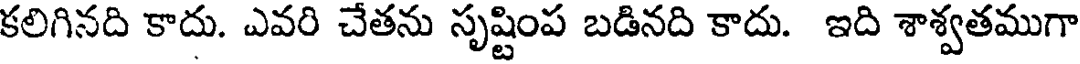
కలిగినది కాదు. ఎవరి చేతను సృష్టింప బడినది కాదు. ఇది శాశ్వతముగా